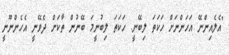
"އެލެއިންނޭ އަހަންނަށް ހަކަތަ ލިބޭނީ. ހަކަތަ ލިބުނީމަ ބޭނުން ތާކަށް ދެވޭނީ އެހެންނޫނީ